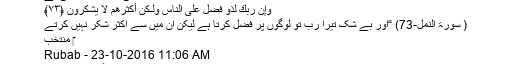
اللہ تبارک و تعالیٰ کا ارشاد گرامی ہے
وَإِنَّ رَبَّكَ لَذُو فَضْلٍ عَلَى النَّاسِ وَلَـٰكِنَّ أَكْثَرَهُمْ لَا يَشْكُرُونَ ﴿٧٣﴾
( سورۃ النمل-73) “اور بے شک تیرا رب تو لوگوں پر فضل کرتا ہے لیکن ان میں سے اکثر شکر نہیں کرتے
‎ منتخب
Rubab - 23-10-2016 11:06 AM
بہترین شئیرنگ آرائیں بھائی۔